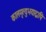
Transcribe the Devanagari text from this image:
कालमृत्युभयाद्वापि